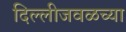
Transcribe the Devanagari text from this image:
दिल्लीजवळच्या